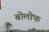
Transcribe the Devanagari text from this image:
बोलोफ